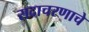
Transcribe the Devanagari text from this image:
सदाचरणाचे